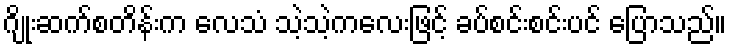
ဂျိုးဆက်စတိန်းက လေသံ သဲ့သဲ့ကလေးဖြင့် ခပ်စင်းစင်းပင် ပြောသည်။